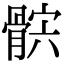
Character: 𩩏